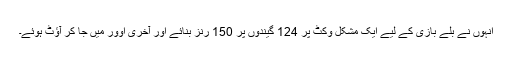
انہوں نے بلے بازی کے لیے ایک مشکل وکٹ پر 124 گیندوں پر 150 رنز بنائے اور آخری اوور میں جا کر آؤٹ ہوئے۔